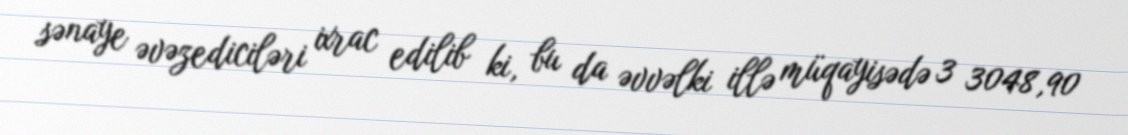
sənaye əvəzediciləri ixrac edilib ki, bu da əvvəlki illə müqayisədə 3 3048,90